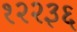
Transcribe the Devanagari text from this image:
१२२३६